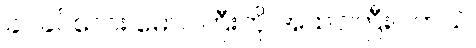
ခင်ခင်လေး မောင်ကြီးကို အထင်ကြီးပါတယ်